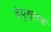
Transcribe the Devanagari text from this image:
ईपुस्तकं